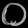
Digit: ၀